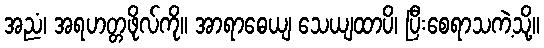
အညံ၊ အရဟတ္တဖိုလ်ကို။ အာရာဓေယျ သေယျထာပိ၊ ပြီးစေရာသကဲ့သို့။